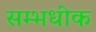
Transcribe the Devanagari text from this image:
सम्भधीक